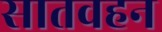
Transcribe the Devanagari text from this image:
सातवहन